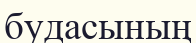
будасының